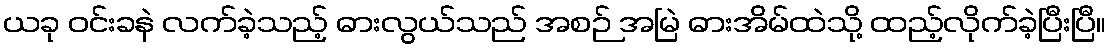
ယခု ဝင်းခနဲ လက်ခဲ့သည့် ဓားလွယ်သည် အစဉ် အမြဲ ဓားအိမ်ထဲသို့ ထည့်လိုက်ခဲ့ပြီးပြီ။